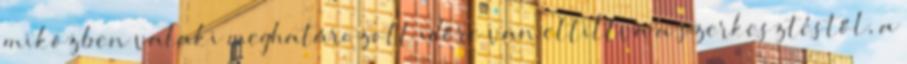
miközben valaki meghatározott időre van eltiltva a szerkesztéstől, a